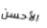
الأحسن